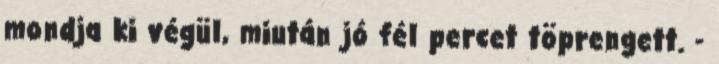
mondja ki végül, miután jó fél percet töprengett. -